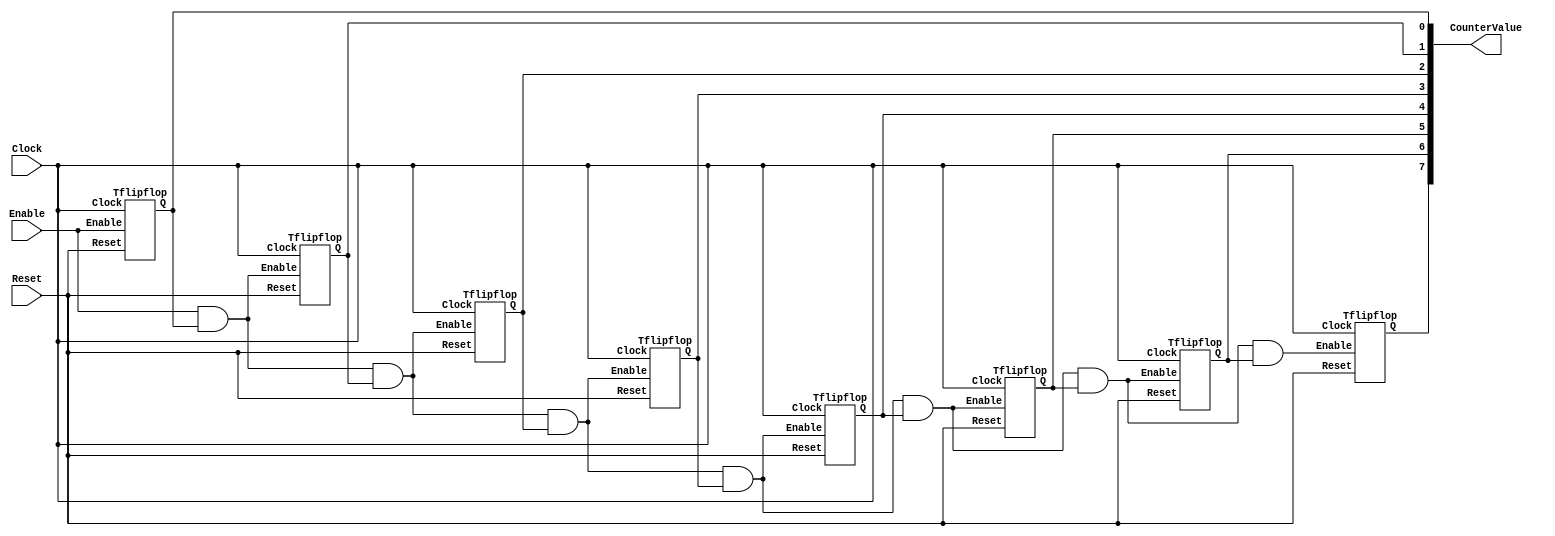
module part1 (
  input Clock,
  input Enable,
  input Reset,
  output [7:0] CounterValue
);

  wire en1 = Enable&CounterValue[0];
  wire en2 = en1&CounterValue[1];
  wire en3 = en2&CounterValue[2];
  wire en4 = en3&CounterValue[3];
  wire en5 = en4&CounterValue[4];
  wire en6 = en5&CounterValue[5];
  wire en7 = en6&CounterValue[6];


  Tflipflop u1(Clock, Enable, Reset, CounterValue[0]);
  Tflipflop u2(Clock, en1, Reset, CounterValue[1]);
  Tflipflop u3(Clock, en2, Reset, CounterValue[2]);
  Tflipflop u4(Clock, en3, Reset, CounterValue[3]);
  Tflipflop u5(Clock, en4, Reset, CounterValue[4]);
  Tflipflop u6(Clock, en5, Reset, CounterValue[5]);
  Tflipflop u7(Clock, en6, Reset, CounterValue[6]);
  Tflipflop u8(Clock, en7, Reset, CounterValue[7]);



endmodule


module Tflipflop (Clock, Enable, Reset, Q);

  input Clock;
  input Enable;
  input Reset;
  output reg Q;

  wire Hold;
  assign Hold = Enable^Q;
  always@(posedge Clock)

  begin
    if (Reset) Q <= 1'b0;
    else Q <= Hold;
  end




endmodule